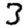
Digit: 3